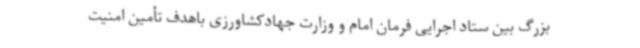
بزرگ بین ستاد اجرایی فرمان امام و وزارت جهادکشاورزی باهدف تأمین امنیت